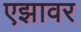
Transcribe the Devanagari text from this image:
एझावर